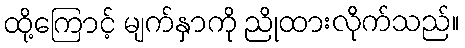
ထို့ကြောင့် မျက်နှာကို ညိုထားလိုက်သည်။